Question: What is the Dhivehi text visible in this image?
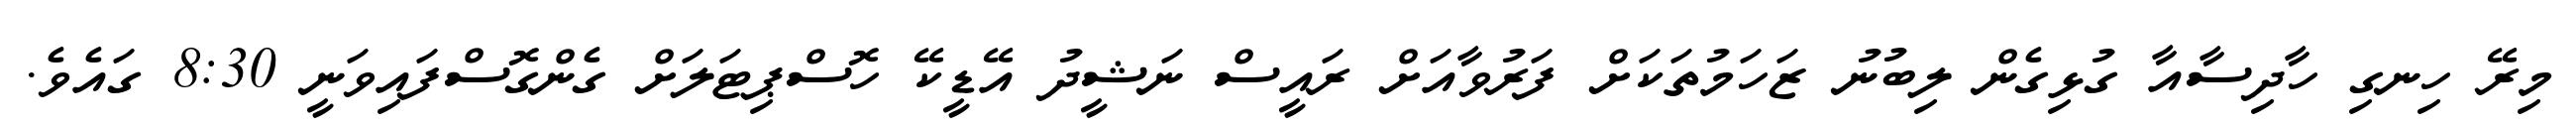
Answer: މިރޭ ހިނގި ހާދިސާއާ ގުޅިގެން ލިބުނު ޒަހަމުތަކަށް ފަރުވާއަށް ރައީސް ނަޝީދު އޭޑީކޭ ހޮސްޕިޓަލަށް ގެންގޮސްފައިވަނީ 8:30 ގައެވެ.